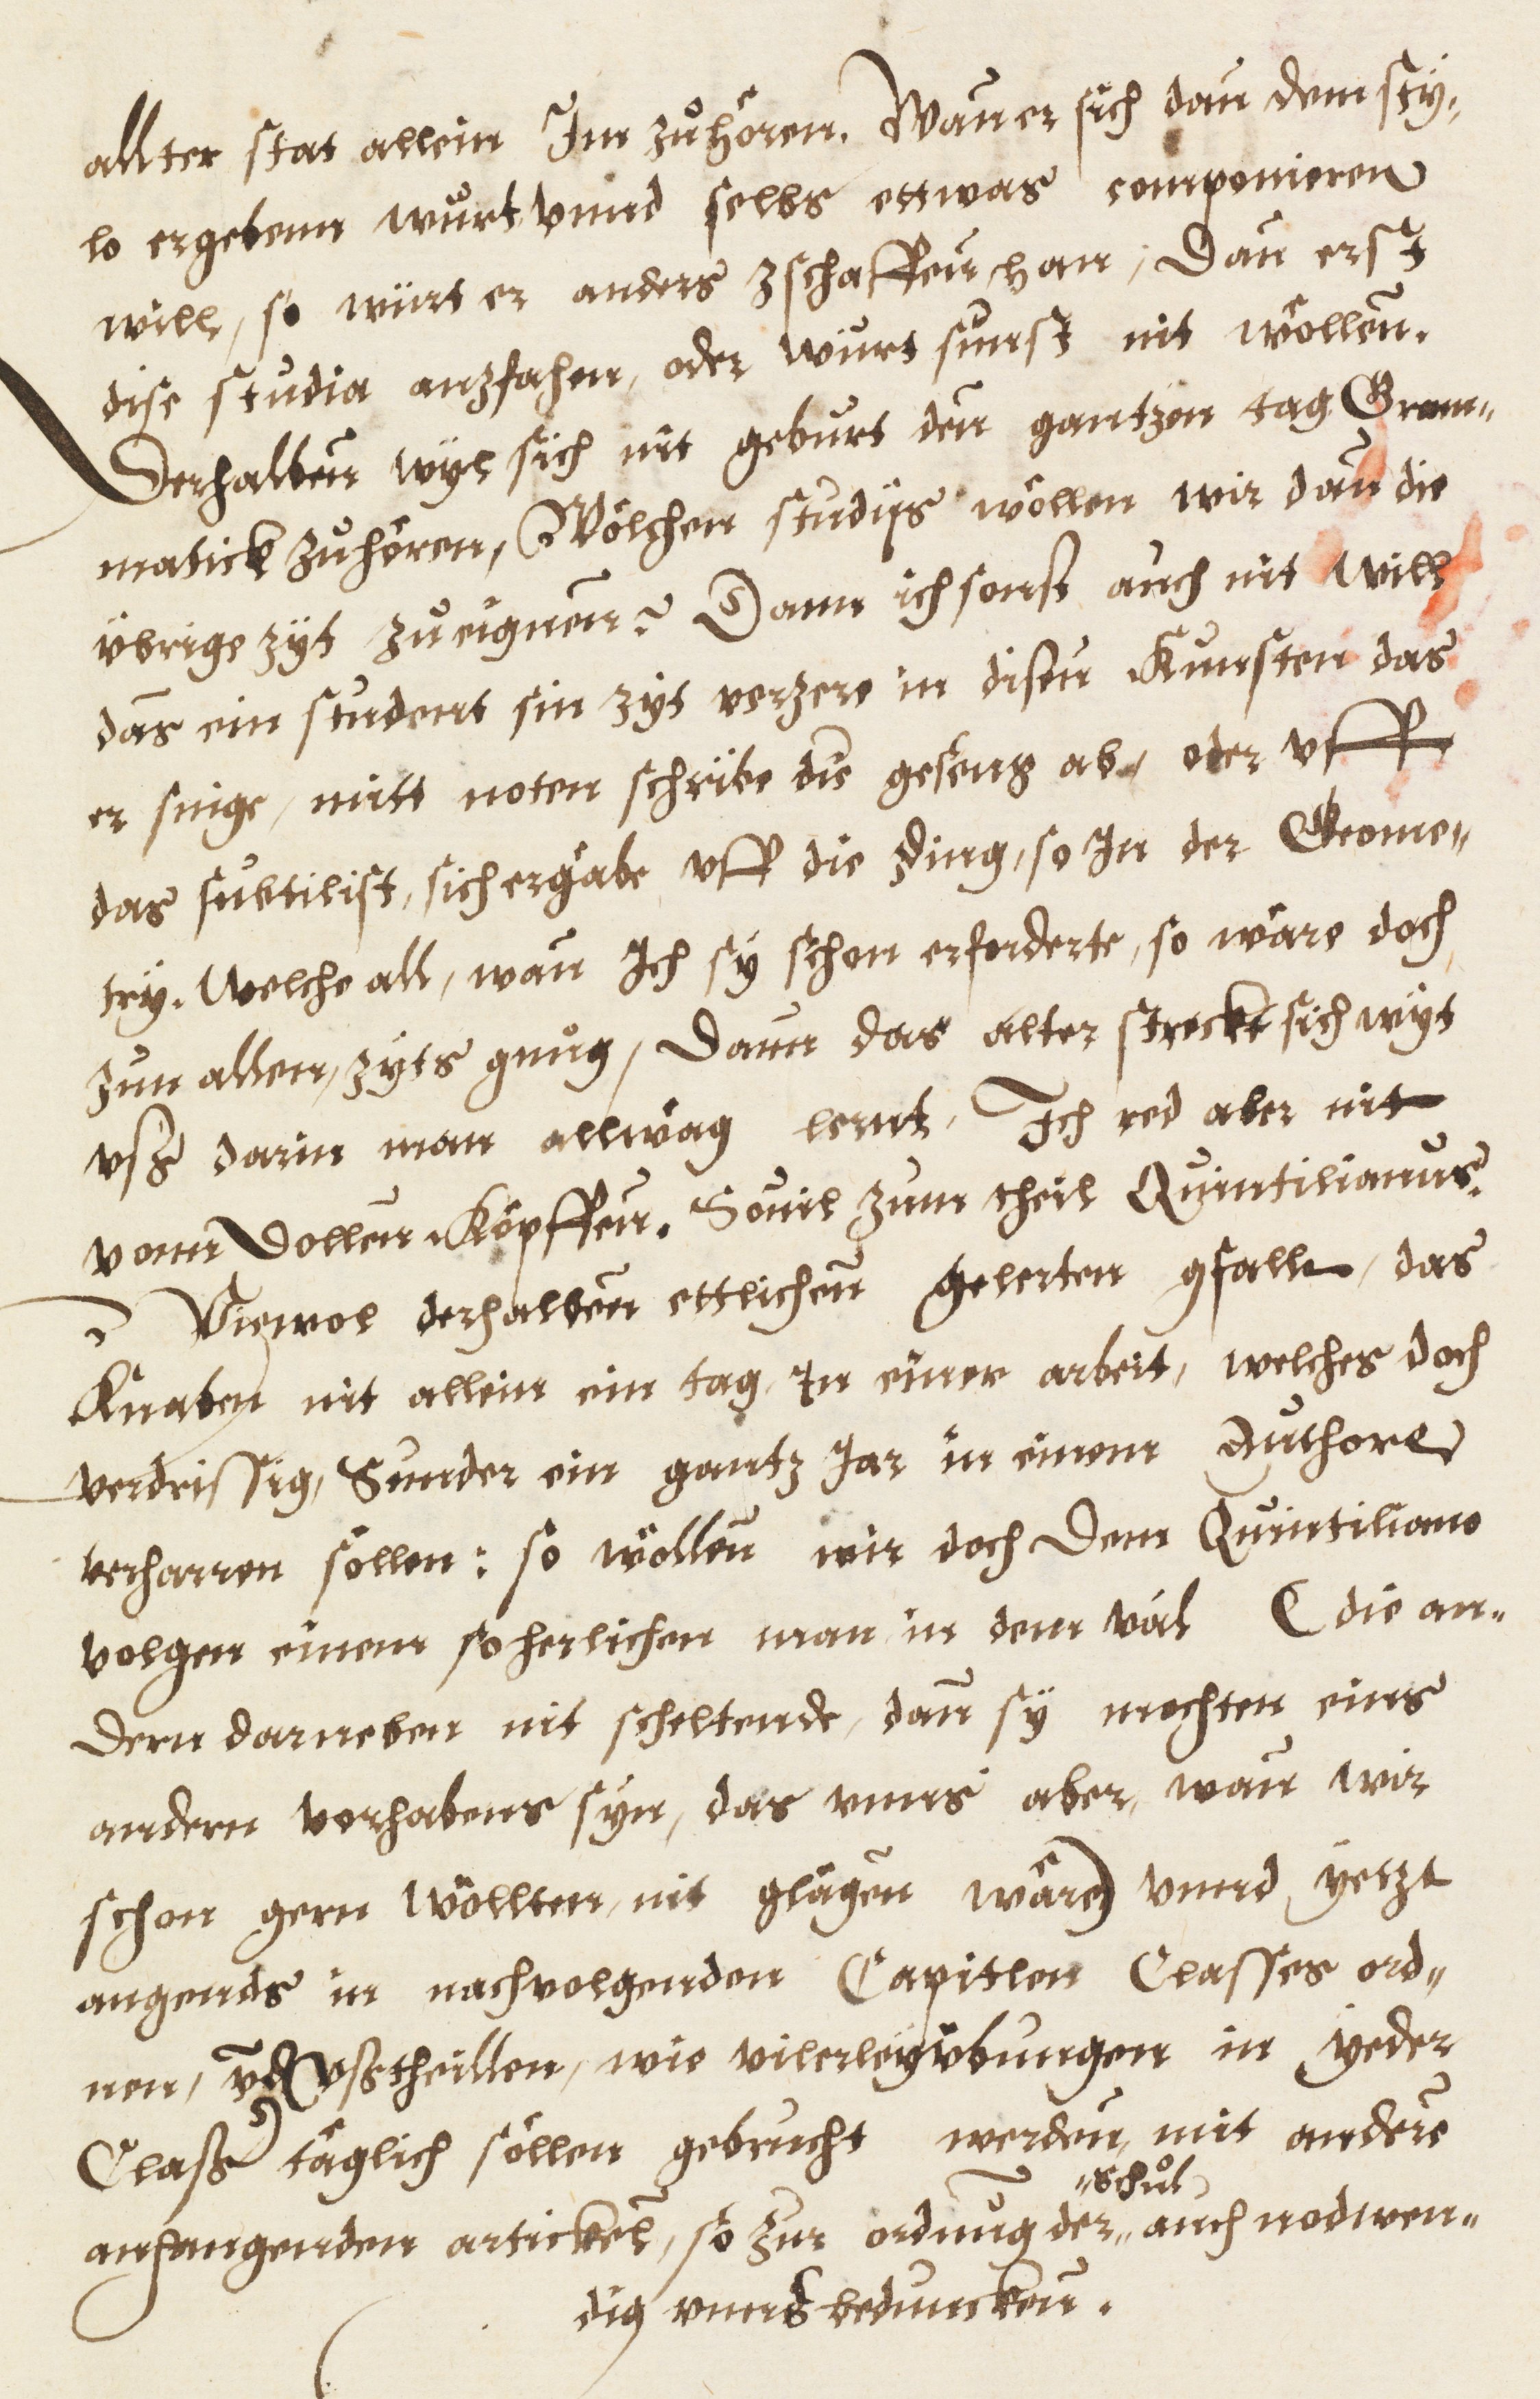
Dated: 1576–1577